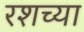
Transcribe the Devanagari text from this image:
रशच्या